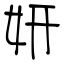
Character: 妍